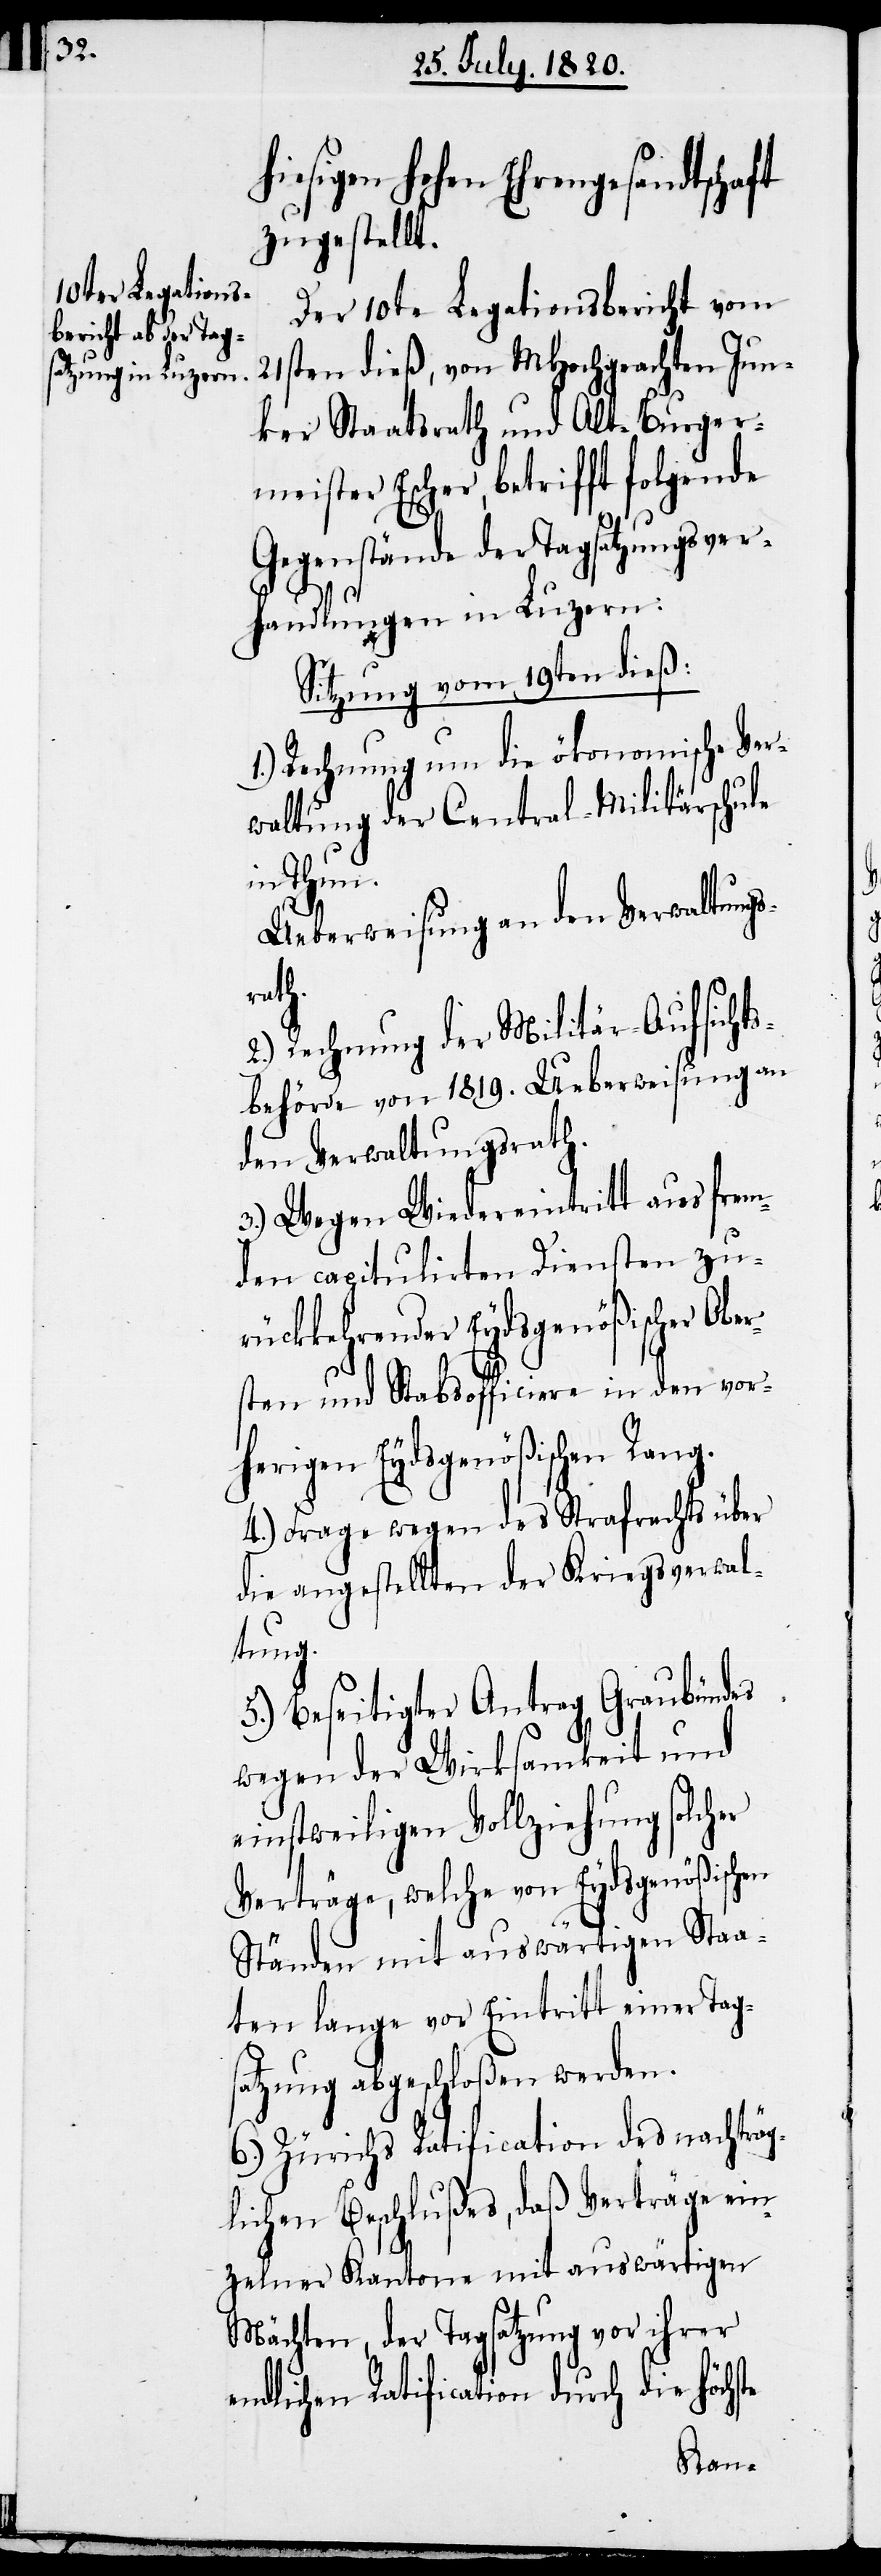
iesigen hohen Ehrengesandtschaft
angestellten
Der 10te Legationsbericht vom
21sten dieß, von MHochgeachten Jun¬
ker Staatsrath und Alt-Burger¬
meister Escher, betrifft folgende
Gegenstände der Tagsatzungsver¬
handlungen in Luzern:
Sitzung vom 19ten dieß:
1.) Rechnung um die ökonomische Ver¬
waltung der Central-Militärschule
in Thun.
Ueberweisung an den Verwaltungs¬
ath.
2.) Rechnung der Militär-Aufsichts¬
behörde von 1819. Ueberweisung an
den Verwaltungsrath.
3.) Wegen Wiedereintritt aus frem¬
den capitulirten Diensten zu¬
rückkehrender Eydsgenößischer Obe¬
rsten und Stabsofficiere in den vor¬
herigen Eydsgenößischen Rang.
4.) Frage wegen des Strafrechts über
5.) Beseitigter Antrag Graubündes
wegen der Wirksamkeit und
einstweiligen Vollziehung solcher
Verträge, welche von Eydsgenößischen
ten lange vor Eintritt einer Tag¬
satzung abgeschloßen werden.
6.) Zürichs Ratification des nachträg¬
lichen Beschlußes, daß Verträge ein¬
zelner Kantone mit auswärtigen
Mächten, der Tagsatzung vor ihrer
endlichen Ratification durch die höchs¬
Staa¬

te